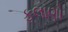
ફલાણો